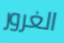
الغرور